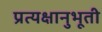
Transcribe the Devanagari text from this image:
प्रत्यक्षानुभूती